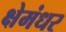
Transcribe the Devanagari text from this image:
क्षेमंधर